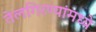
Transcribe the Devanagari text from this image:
तेलगिरण्यांमध्ये